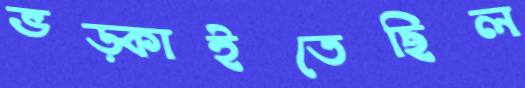
ভড়্‌কাইতেছিল